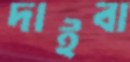
দাইবা